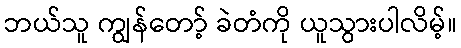
ဘယ်သူ ကျွန်တော့် ခဲတံကို ယူသွားပါလိမ့်။